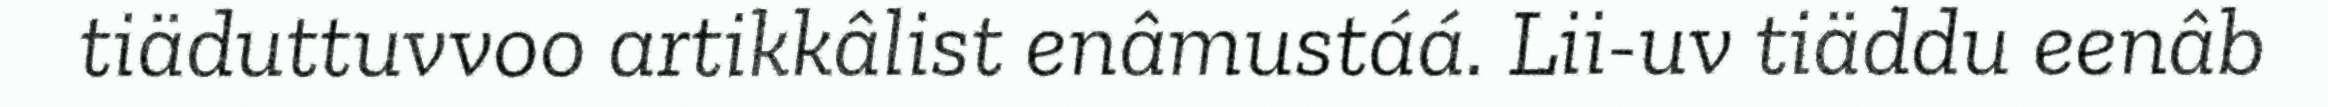
tiäduttuvvoo artikkâlist enâmustáá. Lii-uv tiäddu eenâb